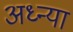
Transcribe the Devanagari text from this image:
अध्न्या